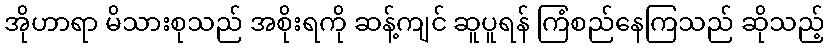
အိုဟာရာ မိသားစုသည် အစိုးရကို ဆန့်ကျင် ဆူပူရန် ကြံစည်နေကြသည် ဆိုသည့်